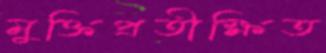
মুক্তিপ্রতীক্ষিত